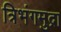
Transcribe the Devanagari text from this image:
त्रिभंगमुद्रा